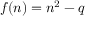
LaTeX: f ( n ) = n ^ { 2 } - q